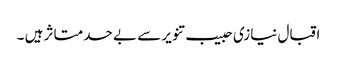
اقبال نیازی حبیب تنویر سے بے حد متاثر ہیں ۔